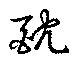
酖